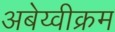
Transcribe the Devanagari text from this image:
अबेय्वीक्रम